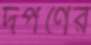
দর্পণের